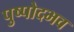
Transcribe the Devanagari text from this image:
पुष्पोदभव